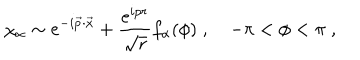
\chi _ { \alpha } \sim e ^ { - i \vec { p } \cdot \vec { x } } + { \frac { e ^ { i p r } } { \sqrt { r } } } f _ { \alpha } ( \phi ) \; , \quad - \pi < \phi < \pi \; ,